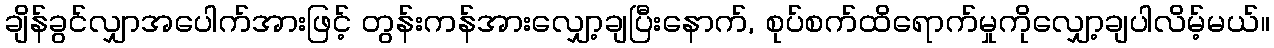
ချိန်ခွင်လျှာအပေါက်အားဖြင့် တွန်းကန်အားလျှော့ချပြီးနောက်, စုပ်စက်ထိရောက်မှုကိုလျှော့ချပါလိမ့်မယ်။